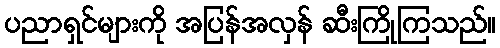
ပညာရှင်များကို အပြန်အလှန် ဆီးကြိုကြသည်။